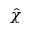
\hat { \chi }